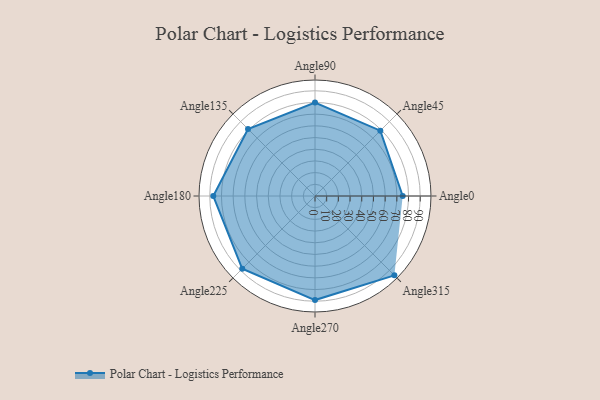
{"axis": {"x": "Angle", "y": "Radius"}, "legend": [""], "data": [{"x": "Angle0", "y": 75.0, "type": ""}, {"x": "Angle45", "y": 79.0, "type": ""}, {"x": "Angle90", "y": 80.0, "type": ""}, {"x": "Angle135", "y": 81.0, "type": ""}, {"x": "Angle180", "y": 87.0, "type": ""}, {"x": "Angle225", "y": 88.0, "type": ""}, {"x": "Angle270", "y": 89.0, "type": ""}, {"x": "Angle315", "y": 96.0, "type": ""}]}